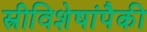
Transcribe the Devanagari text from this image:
स्त्रीविशेषांपैकी